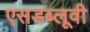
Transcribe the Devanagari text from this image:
एसडब्लूवी